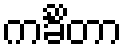
ကင်္ခိတာ